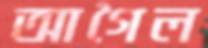
আগৈল